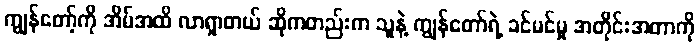
ကျွန်တော့်ကို အိမ်အထိ လာရှာတယ် ဆိုကတည်းက သူနဲ့ ကျွန်တော်ရဲ့ ခင်မင်မှု အတိုင်းအတာကို